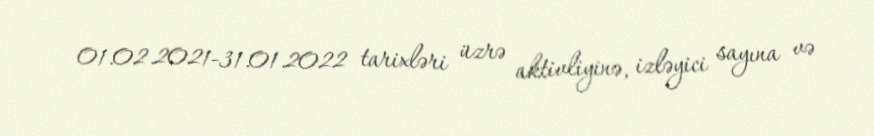
01.02.2021-31.01.2022 tarixləri üzrə aktivliyinə, izləyici sayına və